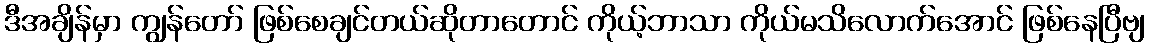
ဒီအချိန်မှာ ကျွန်တော် ဖြစ်စေချင်တယ်ဆိုတာတောင် ကိုယ့်ဘာသာ ကိုယ်မသိလောက်အောင် ဖြစ်နေပြီဗျ